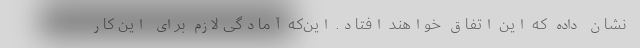
نشان داده که این اتفاق خواهند افتاد. این‌که آمادگی لازم برای این کار